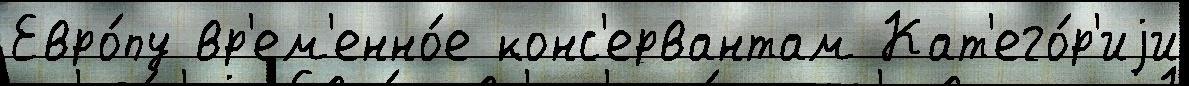
Евро́пу вр'ем'енно́е конс'ервантам Кат'его́р'иjи